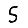
Digit: 5